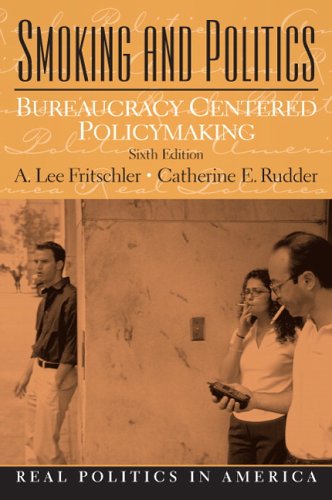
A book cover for Smoking and Politics: Bureaucracy Centered Policymaking (6th Edition); A. Lee Fritschler; Health, Fitness & Dieting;